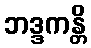
ဘဒ္ဒကန္တိ